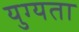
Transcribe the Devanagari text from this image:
युग्यता